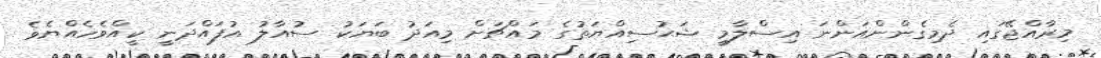
މިރާއްޖޭގައި ދެމިގެންންއަންނަ އިސްލާމީ ޝަޙުސިއްޔަތުގެ މައްޗަށް މިއަދު ބަޔަކު ސުއާލު އުފައްދަނީ ކީއްވެހެއްޔެވެ